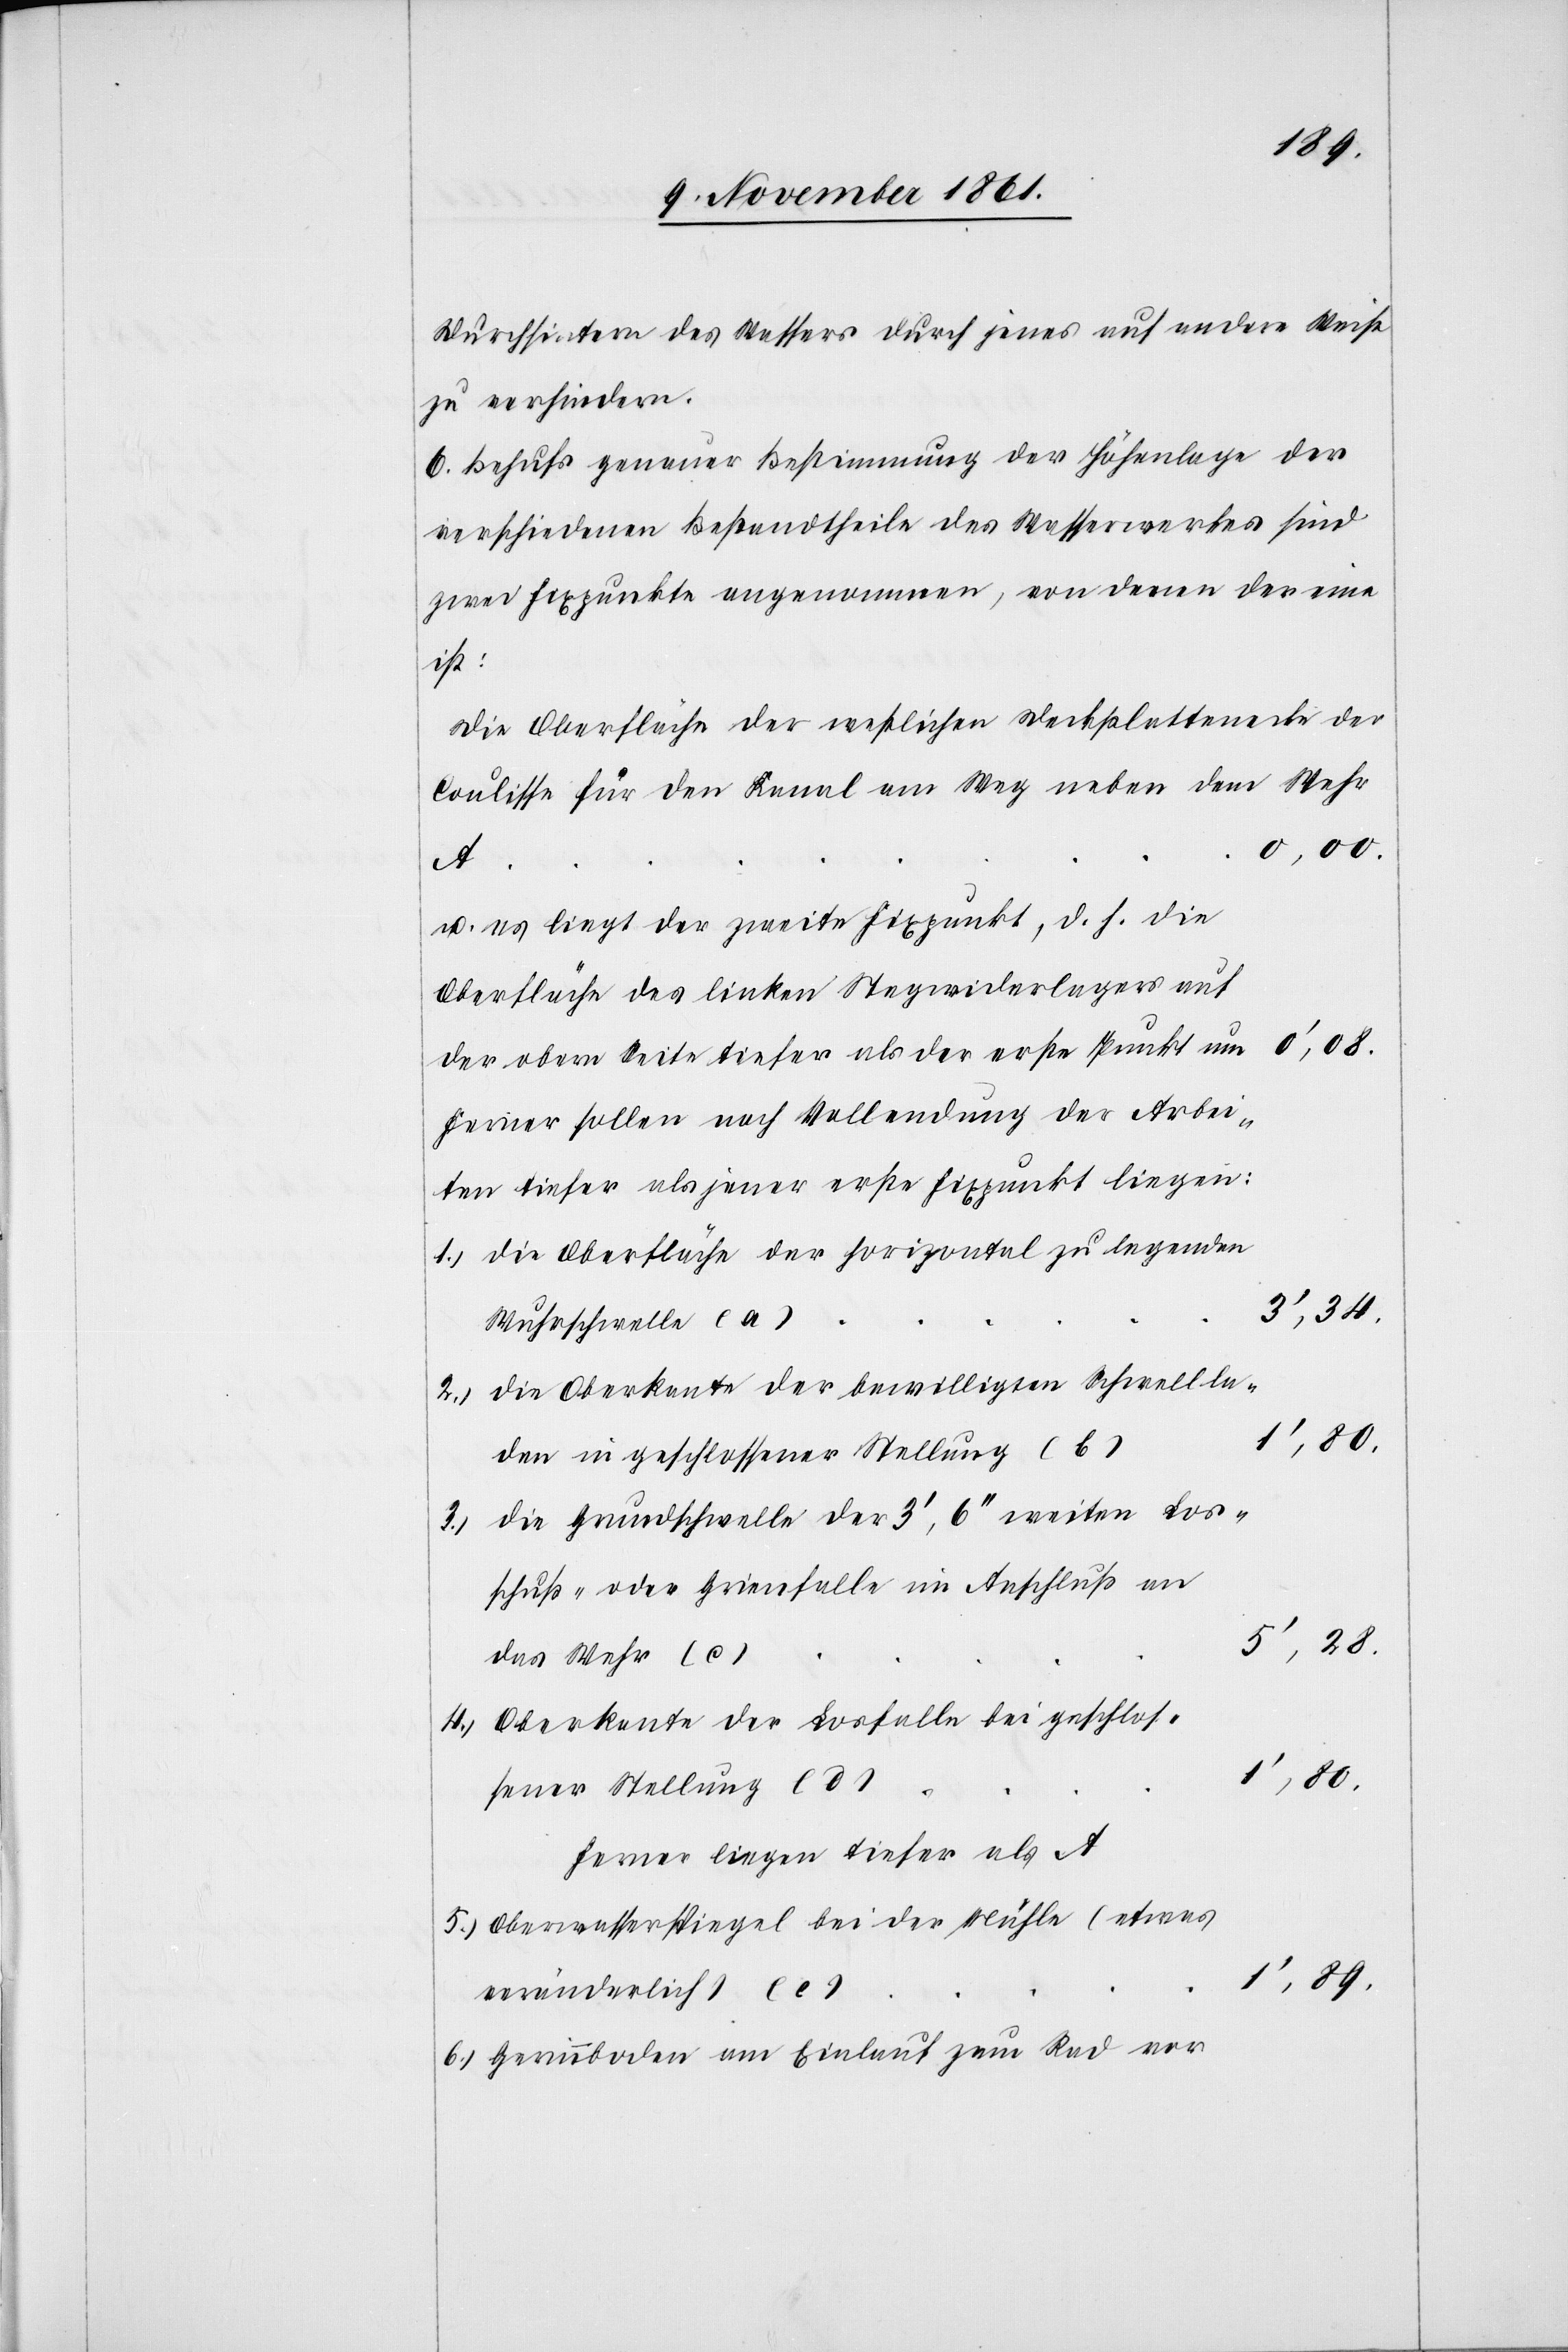
Durchsintern [sic!] des Wassers durch jenes auf andere Weise
zu verhindern.
6. Behufs genauer Bestimmung der Höhenlage der
verschiedenen Bestandtheile des Wasserwerkes sind
zwei Fixpunkte angenommen, von denen der eine
ist:
Die Querfläche der restlichen Deckplattenecke der
Coulisse für den Kanal am Weg neben dem Wehr
u. es liegt der zweite Fixpunkt, d. h. die
Oberfläche des linken Stegwiderlagers
der obern Seite tiefer als der erste Punkt
Ferner sollen nach Vollendung der Arbei¬
ten tiefer als jener erste Fixpunkt liegen:
1.) die Oberfläche der horizontal zu legenden
Wuhrschwelle
2.) die Oberkante der bewilligten Schwellla¬
den in geschlossener Stellung
3.) die Grundschwelle der 3‘, 6‘‘ weitern Los¬
schuß- oder Grienfalle im Anschluß
das Wuhr (c)
4.) Oberkante der Losfalle bei geschlos¬
sener Stellung
Ferner liegen tiefer als A
5.) Oberwasserspiegel bei der Mühle (etwas
veränderlich)
6.) Gerinnboden am Einlauf zum Rad vor